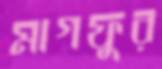
মাগফুর